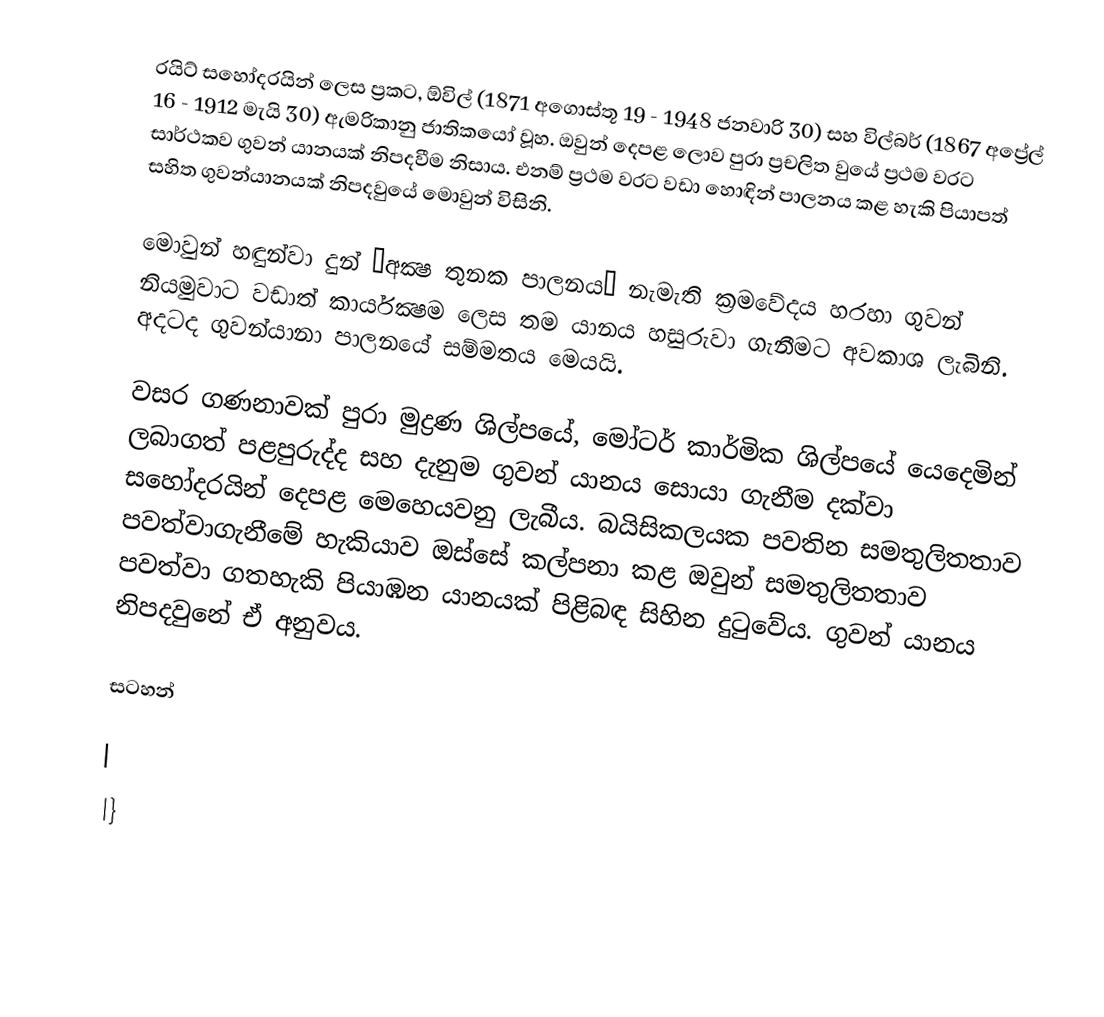
රයිට් සහෝදරයින් ලෙස ප්‍රකට, ඕවිල් (1871 අගොස්තූ 19 - 1948 ජනවාරි 30) සහ විල්බර් (1867 අප්‍රේල් 16 - 1912 මැයි 30) ඇමරිකානු ජාතිකයෝ වූහ. ඔවුන් දෙපළ ලොව පුරා ප්‍රචලිත වුයේ ප්‍රථම වරට සාර්ථකව ගුවන් යානයක් නිපදවීම නිසාය. එනම් ප්‍රථම වරට වඩා හොඳින් පාලනය කළ හැකි පියාපත් සහිත ගුවන්යානයක් නිපදවුයේ මොවුන් විසිනි.

මොවුන් හඳුන්වා දුන් ‘අක්‍ෂ තුනක පාලනය’ නැමැති ක්‍රමවේදය හරහා ගුවන් නියමුවාට වඩාත් කාර්යක්‍ෂම ලෙස තම යානය හසුරුවා ගැනීමට අවකාශ ලැබිනි. අදටද ගුවන්යානා පාලනයේ සම්මතය මෙයයි.

වසර ගණනාවක් පුරා මුද්‍රණ ශිල්පයේ, මෝටර් කාර්මික ශිල්පයේ යෙදෙමින් ලබාගත් පළපුරුද්ද සහ දැනුම ගුවන් යානය සොයා ගැනීම දක්වා සහෝදරයින් දෙපළ මෙහෙයවනු ලැබීය. බයිසිකලයක පවතින සමතුලිතතාව පවත්වාගැනීමේ හැකියාව ඔස්සේ කල්පනා කළ ඔවුන් සමතුලිතතාව පවත්වා ගතහැකි පියාඹන යානයක් පිළිබඳ සිහින දුටුවේය. ගුවන් යානය නිපදවුනේ ඒ අනුවය.

සටහන්

|
|}